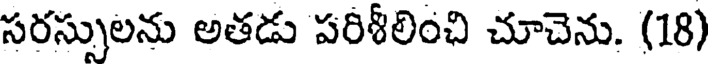
సరస్సులను అతడు పరిశీలించి చూచెను. (18)